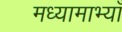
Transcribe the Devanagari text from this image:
मध्यामाभ्याँ